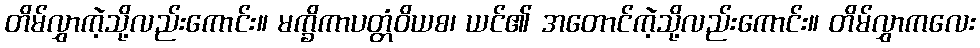
တိမ်လွှာကဲ့သို့လည်းကောင်း။ မက္ခိကာပတ္တံဝိယစ၊ ယင်၏ အတောင်ကဲ့သို့လည်းကောင်း။ တိမ်လွှာကလေး